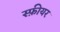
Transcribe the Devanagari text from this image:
स्फ़ीयर